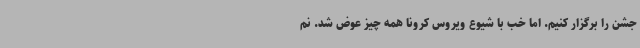
جشن را برگزار کنیم. اما خب با شیوع ویروس کرونا همه چیز عوض شد. نم